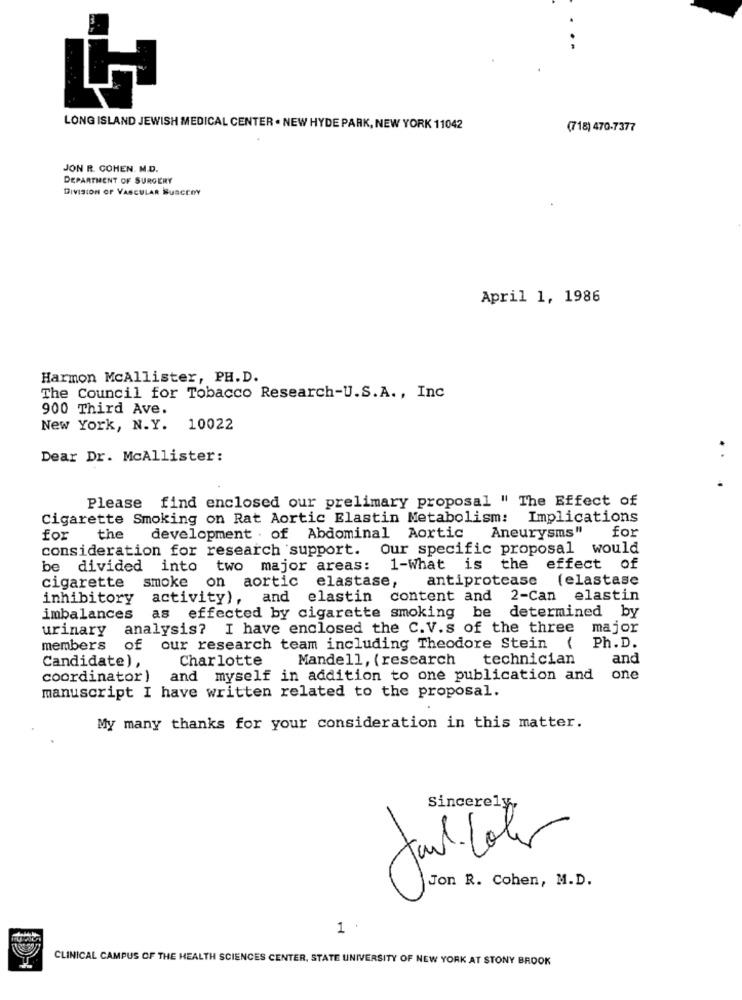
LONG ISLAND JEWISH MEDICAL CENTER . NEW HYDE PARK, NEW YORK 11042
(718) 470-7377
JON R. COHEN. M.D.
DEPARTMENT OF SURGERY
DIVISION OF VASCULAR BURCEOY
April 1, 1986
Harmon McAllister, PH.D.
The Council for Tobacco Research-U.S.A ., Inc
900 Third Ave.
New York, N.Y. 10022
Dear Dr. McAllister:
..
Please find enclosed our prelimary proposal " The Effect of
Cigarette Smoking on Rat Aortic Elastin Metabolism: Implications
Aneurysms"
for
for
the
development . of Abdominal Aortic
consideration for research support. Our specific proposal would
be divided into two major areas:
1-What is the effect of
antiprotease
(elastase
cigarette smoke on aortic elastase,
inhibitory activity),
and elastin content and 2-Can elastin
imbalances
effected by cigarette smoking be determined by
urinary analysis? I have enclosed the C.V.s of the three major
members of our research team including Theodore Stein (
Ph. D.
Charlotte
Mandell, (research technician
and
Candidate),
coordinator) and myself in addition to one publication and
one
manuscript I have written related to the proposal.
My many thanks for your consideration in this matter.
Sincerely,
Jon R. Cohen, M.D.
1 .
CLINICAL CAMPUS OF THE HEALTH SCIENCES CENTER, STATE UNIVERSITY OF NEW YORK AT STONY BROOK